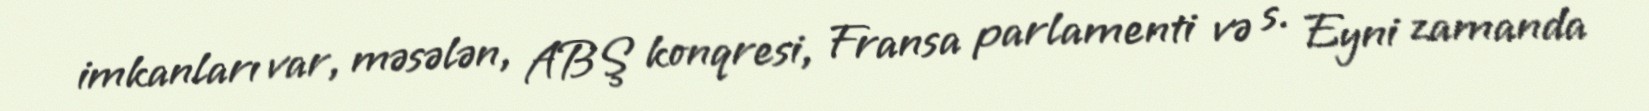
imkanları var, məsələn, ABŞ konqresi, Fransa parlamenti və s. Eyni zamanda